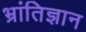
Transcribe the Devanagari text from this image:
भ्रांतिज्ञान